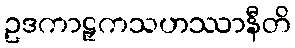
ဥဒကာဠှကသဟဿာနီတိ